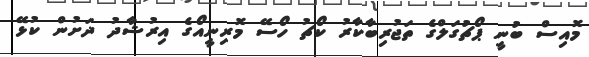
މޮއިސް ބުނީ ޕޯޗުގަލްގެ ތަޖުރިބާކާރު ކޯޗު ހޯސޭ މޮރިނީއޯގެ އިރުޝާދު ދަށުން ކުޅޭ